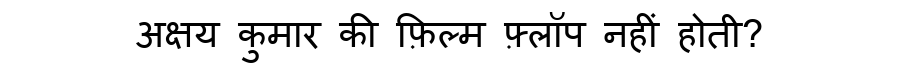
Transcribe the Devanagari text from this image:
अक्षय कुमार की फ़िल्म फ़्लॉप नहीं होती?